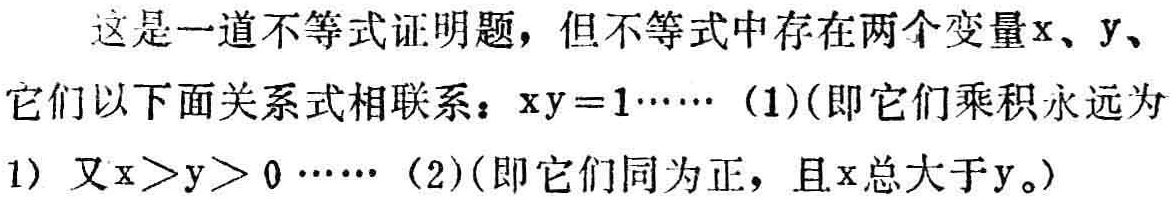
这是一道不等式证明题，但不等式中存在两个变量\(x\)、\(y\)、它们以下面关系式相联系：\(xy = 1\cdots\cdots (1)\)(即它们乘积永远为\(1\)) 又\(x>y>0\cdots\cdots (2)\)(即它们同为正，且\(x\)总大于\(y\)。)